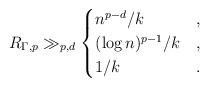
LaTeX: \begin{align*}R_{\Gamma,p}\gg_{p,d}\begin{cases}n^{p-d}/k&,\\(\log n)^{p-1}/k&,\\1/k&.\end{cases}\end{align*}